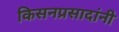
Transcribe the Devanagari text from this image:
किसनप्रसादांनी